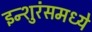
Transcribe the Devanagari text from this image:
इन्शुरंसमध्ये